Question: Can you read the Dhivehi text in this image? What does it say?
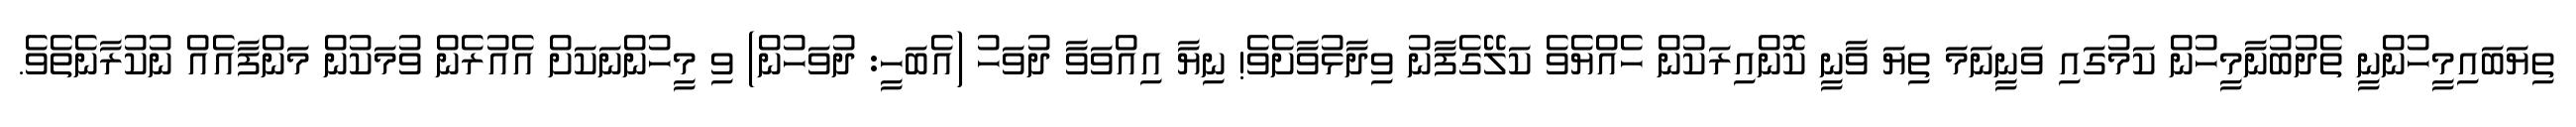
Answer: ތިޔަބައިމީހުންނީ ތެދުބުނާމީހުން ކަމުގައި ވަނީނަމަ ތިޔަ ވާނީ ކޮންއިރަކުން ހެއްޔެވެ ކަލޭގެފާނު ވިދާޅުވާށެވެ! ނިޔާ އިއްވަވާ ދުވަހު (އެބަހީ: ދުވަހުން) ވި މީހުންނަކަށް އެއުރެން ވުމަކުން މަންފާއެއް ނުކުރާނެތެވެ.